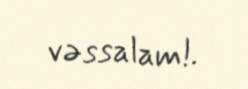
vəssalam!.